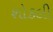
શોકલી